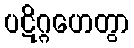
ပဋိဂ္ဂဟေတွာ